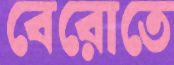
বেরোতে